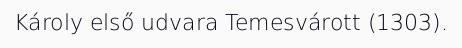
Károly első udvara Temesvárott (1303).